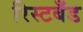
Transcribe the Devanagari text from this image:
रिस्टबँड